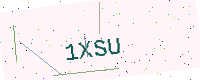
Text: 1XSU